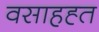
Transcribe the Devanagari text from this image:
वसाहह्त